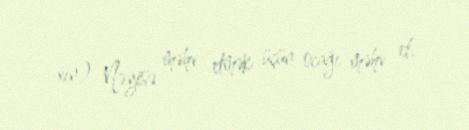
xīn) Nəyisə məhv etmək üçün ocağı məhv et.